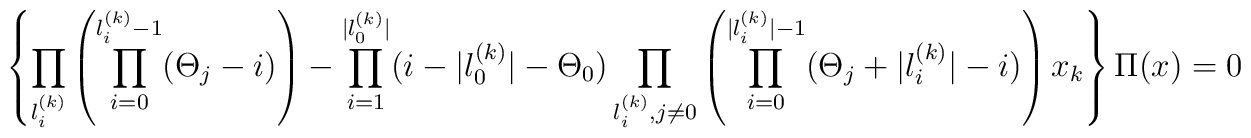
\left\{\prod_{l_i^{(k)}}\left(\prod_{i=0}^{l_i^{(k)}-1}(\Theta_j-i)\right)-\prod_{i=1}^{|l_0^{(k)}|}(i-|l_0^{(k)}|-\Theta_0)\prod_{l_i^{(k)},j\neq 0}\left(\prod_{i=0}^{|l_i^{(k)}|-1}(\Theta_j+|l_i^{(k)}|-i)\right)x_k\right\}\Pi(x)=0